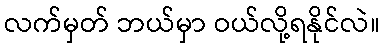
လက်မှတ် ဘယ်မှာ ဝယ်လို့ရနိုင်လဲ။